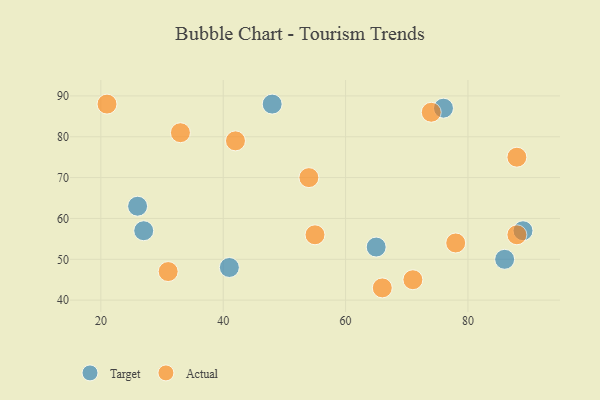
{"axis": {"x": "GDP", "y": "Life Expectancy"}, "legend": ["Actual", "Target"], "data": [{"x": "89", "y": 57, "type": "Target"}, {"x": "26", "y": 63, "type": "Target"}, {"x": "65", "y": 53, "type": "Target"}, {"x": "48", "y": 88, "type": "Target"}, {"x": "76", "y": 87, "type": "Target"}, {"x": "27", "y": 57, "type": "Target"}, {"x": "86", "y": 50, "type": "Target"}, {"x": "41", "y": 48, "type": "Target"}, {"x": "55", "y": 56, "type": "Actual"}, {"x": "71", "y": 45, "type": "Actual"}, {"x": "54", "y": 70, "type": "Actual"}, {"x": "31", "y": 47, "type": "Actual"}, {"x": "88", "y": 56, "type": "Actual"}, {"x": "78", "y": 54, "type": "Actual"}, {"x": "42", "y": 79, "type": "Actual"}, {"x": "21", "y": 88, "type": "Actual"}, {"x": "66", "y": 43, "type": "Actual"}, {"x": "88", "y": 75, "type": "Actual"}, {"x": "33", "y": 81, "type": "Actual"}, {"x": "74", "y": 86, "type": "Actual"}]}